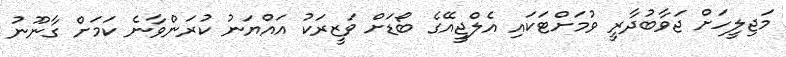
މަޖިލީހަށް ޖަވާބުދާރީ ވުމަށްޓަކައި އެލްޖީއޭގެ ބޯޑަށް ވަޒީރަކު އައްޔަނު ކުރަންވާނެ ކަމަށް ގާނޫނު